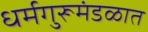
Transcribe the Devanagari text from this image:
धर्मगुरूमंडळात